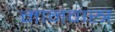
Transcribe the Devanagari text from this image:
मानवास्त्र